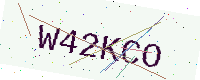
Text: W42KCO